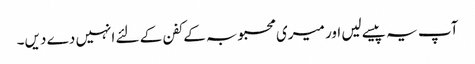
آپ یہ پیسے لیں اور میری محبوبہ کے کفن کے لئے انہیں دے دیں۔